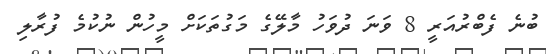
ބުނެ ފެބްރުއަރީ 8 ވަނަ ދުވަހު މާލޭގެ މަގުތަކަށް މީހުން ނުކުމެ ފުރާލި